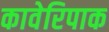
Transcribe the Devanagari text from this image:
कावेरिपाक